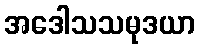
အဒေါသသမုဒယာ